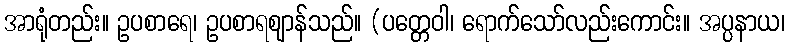
အာရုံတည်း။ ဥပစာရေ၊ ဥပစာရဈာန်သည်။ (ပတ္တေဝါ၊ ရောက်သော်လည်းကောင်း။ အပ္ပနာယ၊